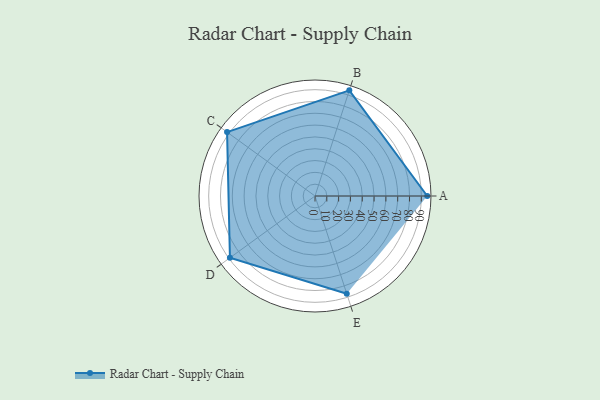
{"axis": {"x": "Skill", "y": "Score"}, "legend": ["Profile"], "data": [{"x": "A", "y": 95.0, "type": "Profile"}, {"x": "B", "y": 94.0, "type": "Profile"}, {"x": "C", "y": 92.0, "type": "Profile"}, {"x": "D", "y": 89.0, "type": "Profile"}, {"x": "E", "y": 87.0, "type": "Profile"}]}